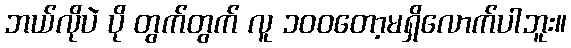
ဘယ်လိုပဲ ပို တွက်တွက် လူ ၁၀၀တော့မရှိလောက်ပါဘူး။